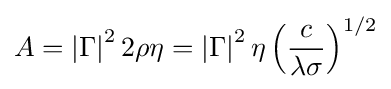
A=\left|\Gamma \right|^{2}2\rho \eta =\left|\Gamma \right|^{2}\eta \left({\frac {c}{\lambda \sigma }}\right)^{1/2}